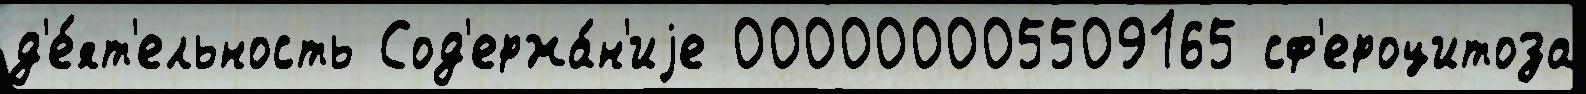
д'е́ят'ельность Сод'ержа́н'иjе 000000005509165 сф'ероцитоза